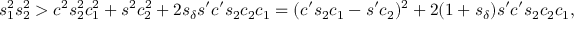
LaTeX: s _ { 1 } ^ { 2 } s _ { 2 } ^ { 2 } > c ^ { 2 } s _ { 2 } ^ { 2 } c _ { 1 } ^ { 2 } + s ^ { 2 } c _ { 2 } ^ { 2 } + 2 s _ { \delta } s ^ { \prime } c ^ { \prime } s _ { 2 } c _ { 2 } c _ { 1 } = ( c ^ { \prime } s _ { 2 } c _ { 1 } - s ^ { \prime } c _ { 2 } ) ^ { 2 } + 2 ( 1 + s _ { \delta } ) s ^ { \prime } c ^ { \prime } s _ { 2 } c _ { 2 } c _ { 1 } ,